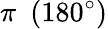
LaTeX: \pi\ \ (180^{\circ})